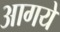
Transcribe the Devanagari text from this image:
आगये